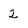
Character: 2